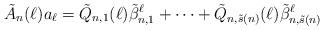
LaTeX: \begin{align*}\tilde{A}_n(\ell)a_{\ell}=\tilde{Q}_{n,1}(\ell)\tilde{\beta}_{n,1}^{\ell}+\cdots+\tilde{Q}_{n,\tilde{s}(n)}(\ell)\tilde{\beta}_{n,\tilde{s}(n)}^{\ell}\end{align*}